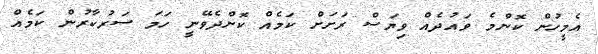
އެމީހުން ކޮންމެ ވައުދެއް ވިޔަސް ރަށަށް ކަމެއް ކޮށްދެވޭނީ ހަމަ ސަރުކާރުން ކަމެއް